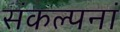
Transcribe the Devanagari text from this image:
संकल्पनां